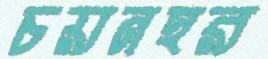
চয়নহর